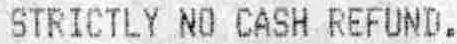
STRICTLY NO CASH REFUND.